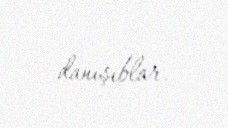
danışıblar.